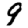
Digit: 9